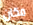
مكان